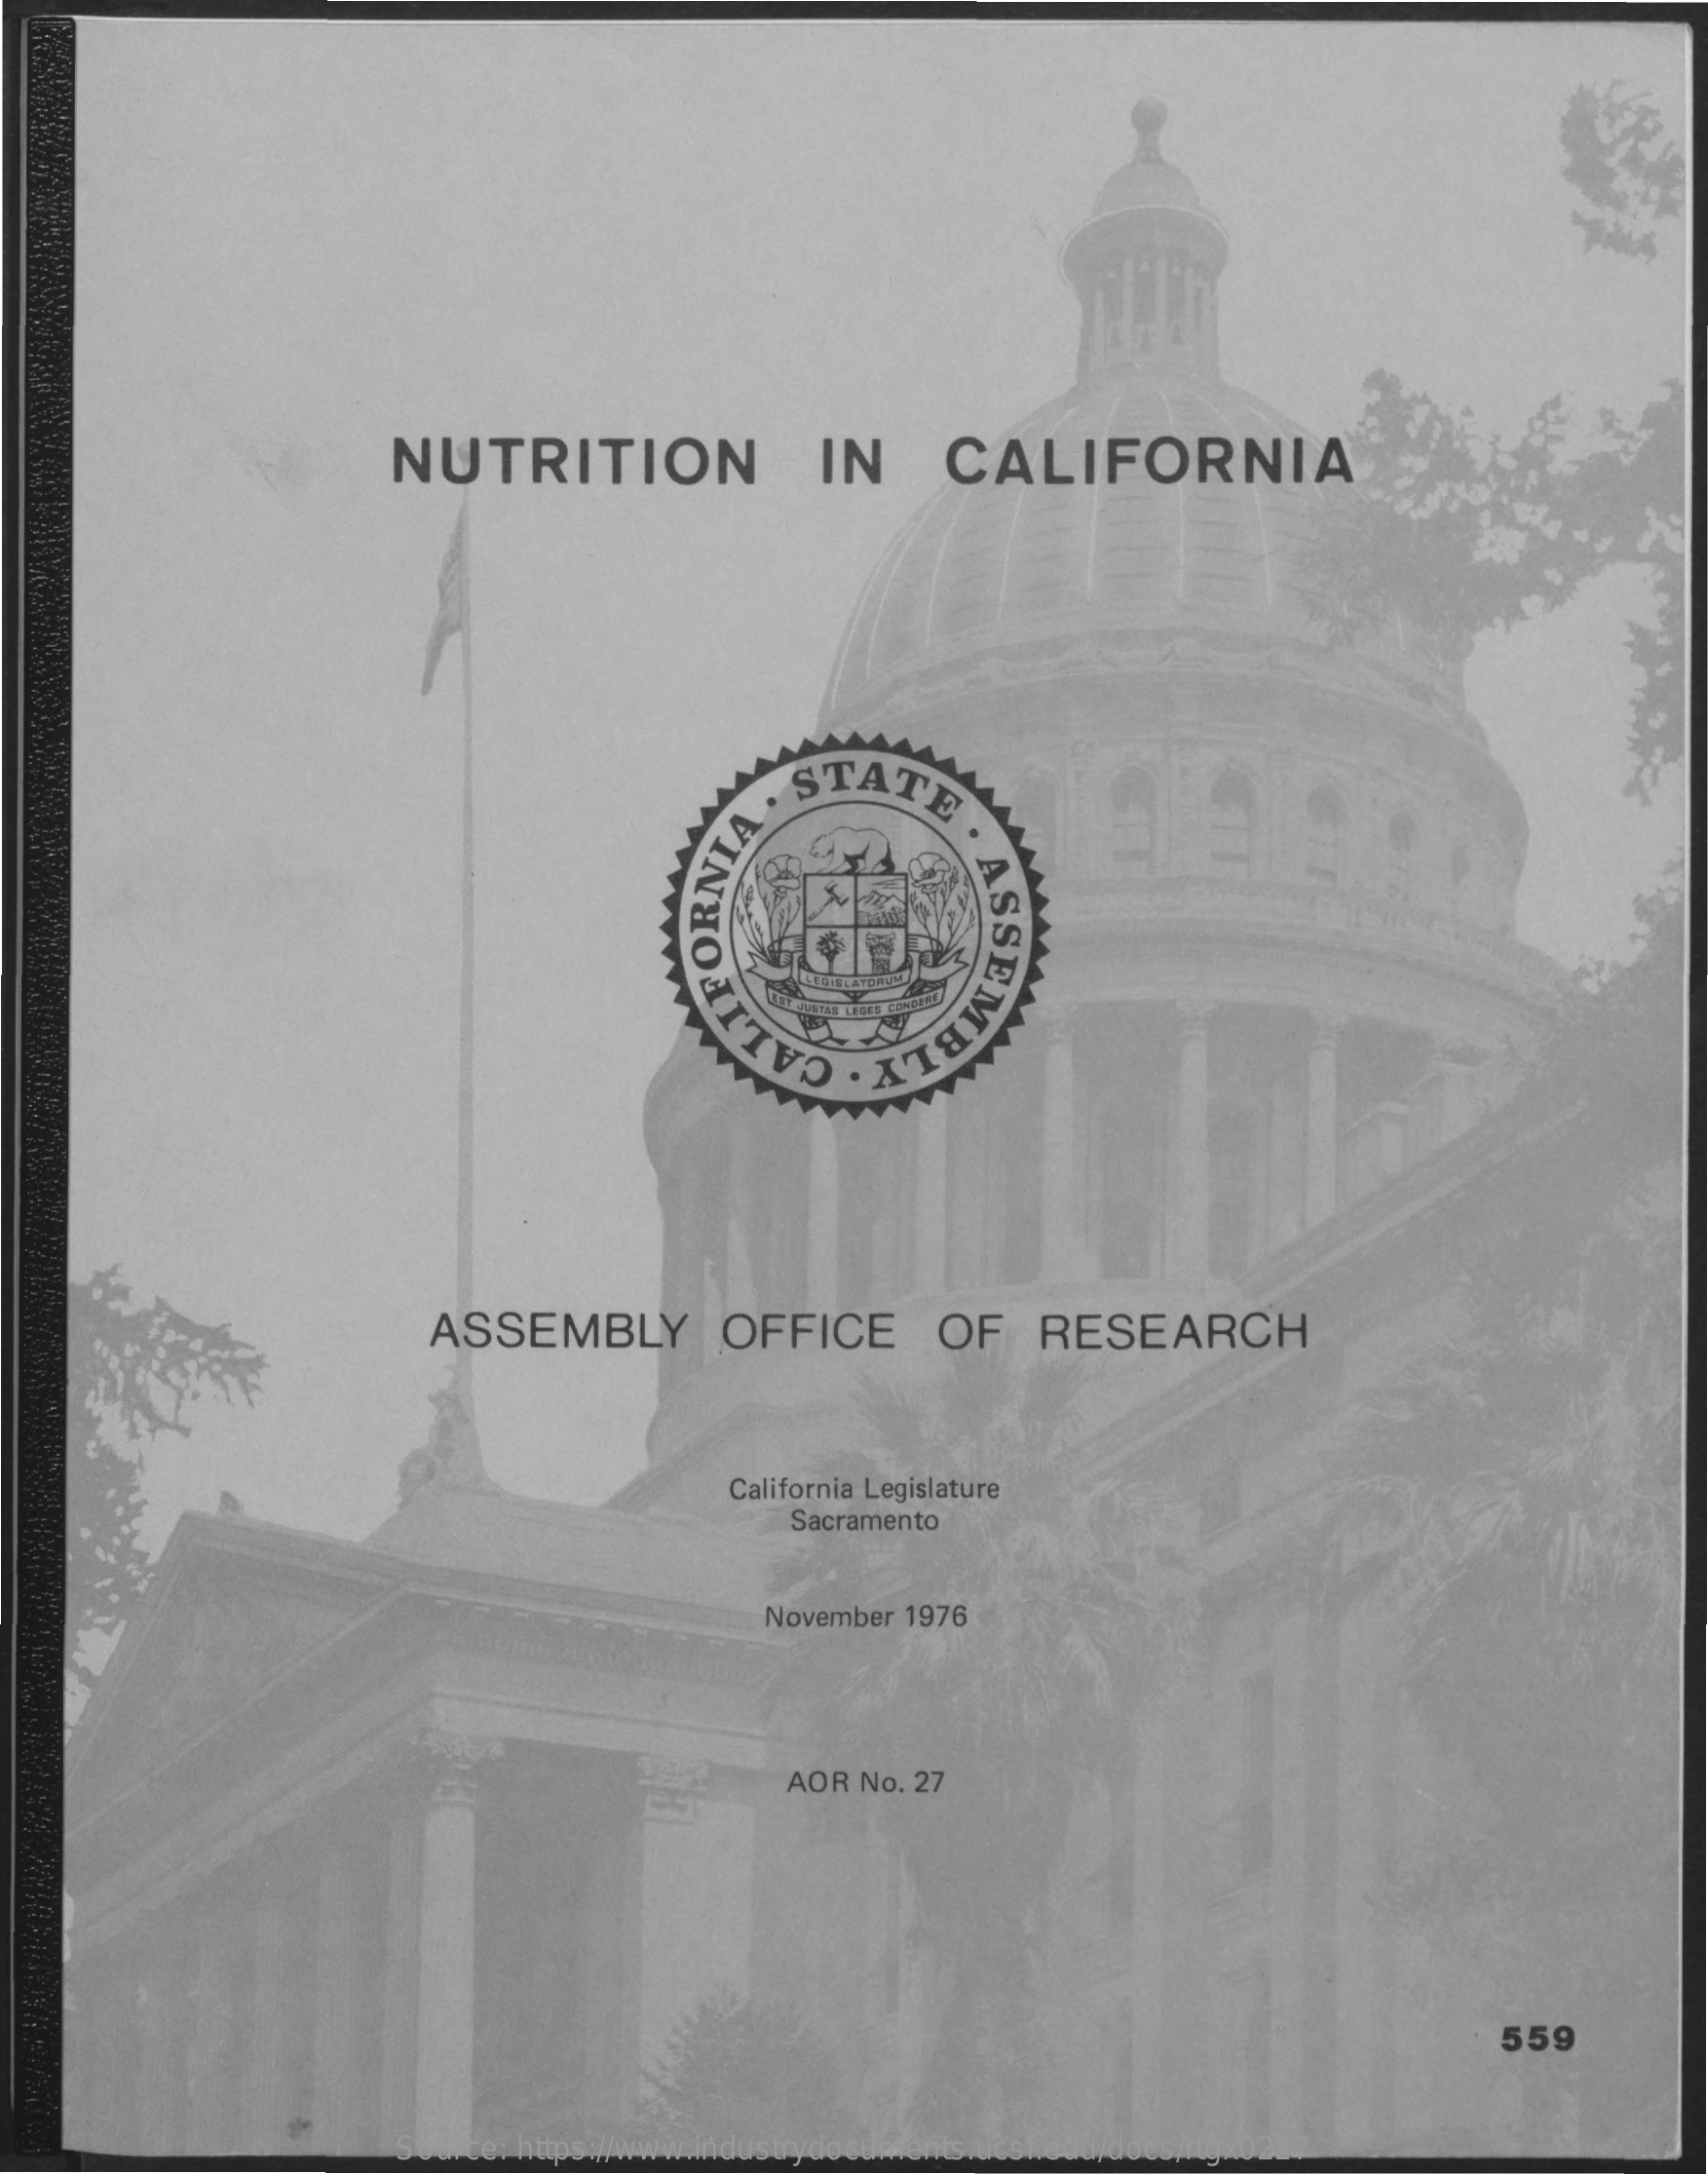
NUTRITION    IN    CALIFORNIA
     STATE
     ASSEMBL ALIFORNI
     ASSEMBLY    OFFICE    OF    RESEARCH
     California Legislature
     Sacramento
     November  1976
     AOR No. 27
     559
     Source: https://www.industrydocuments.ucsf.edu/docs/rtgx0227